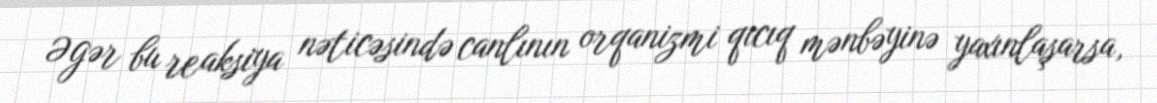
Əgər bu reaksiya nəticəsində canlının orqanizmi qıcıq mənbəyinə yaxınlaşarsa,